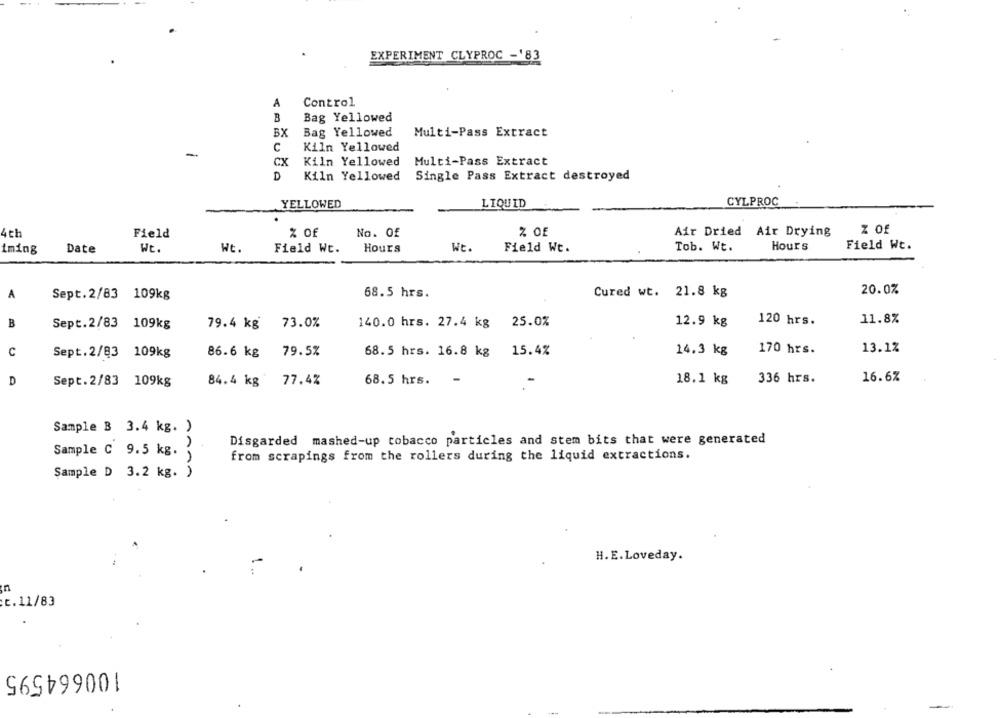
EXPERIMENT CLYPROC -'83
A
Control
B
Bag Yellowed
BX
Bag Yellowed
Multi-Pass Extract
C
Kiln Yellowed
-
CX
Kiln Yellowed
Multi-Pass Extract
D
Kiln Yellowed
Single Pass Extract destroyed
YELLOWED
LIQUID
CYLPROC
Z Of
4th
Field
No. Of
Z Of
Air Dried Air Drying
Field Wt.
iming
Date
Wt.
Ht.
Field Wt.
Hours
WE.
Field Wt.
Tob. Wt.
Hours
68.5 hrs.
Cured wt. 21.8 kg
20.0%
A
Sept.2/83 109kg
B
25.0%
12.9 kg
120 hrs.
11.8%
Sept.2/83 109kg
79.4 kg
73.0%
140.0 hrs. 27.4 kg
79.5%
15.4%
14.3 kg
170 hrs.
13.1%
c
Sept.2/83 109kg
86.6 kg
68.5 hrs. 16.8 kg
D
68.5 hrs.
18.1 kg
336 hrs.
16.6%
Sept.2/83 109kg
84.4 kg 77.4%
Sample B 3.4 kg. )
Disgarded mashed-up tobacco particles and stem bits that were generated
Sample C 9.5 kg.
from scrapings from the rollers during the liquid extractions.
Sample D 3.2 kg. )
H.E.Loveday.
n
E.11/83
100664595